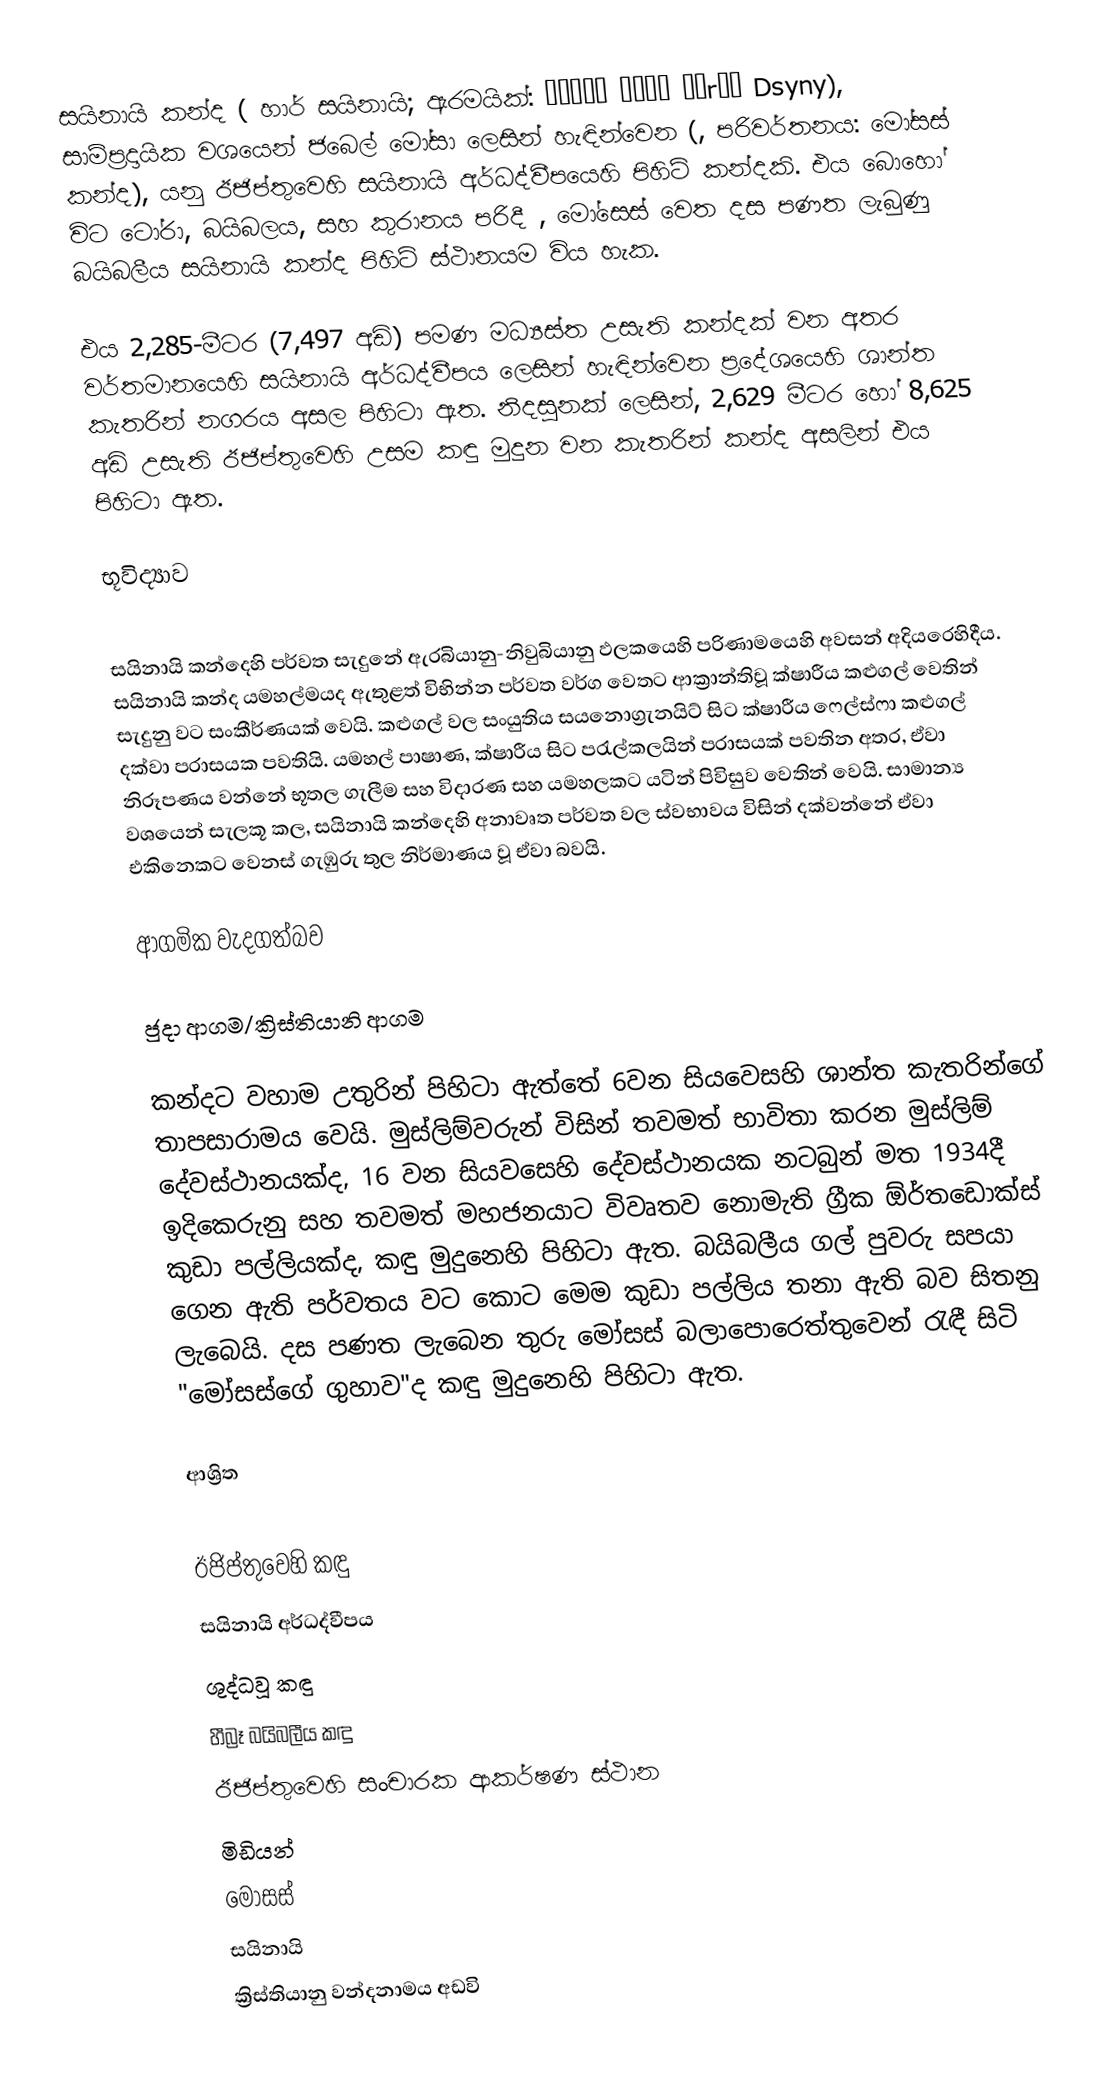
සයිනායි කන්ද ( හාර් සයිනායි; ඇරමයික්: ܛܘܪܐ ܕܣܝܢܝ Ṭūrāʾ Dsyny), සාම්ප්‍රදායික වශයෙන් ජබෙල් මෝසා ලෙසින් හැඳින්වෙන (, පරිවර්තනය: මෝසස් කන්ද), යනු ඊජිප්තුවෙහි සයිනායි අර්ධද්වීපයෙහි පිහිටි  කන්දකි. එය බොහෝ විට ටෝරා, බයිබලය, සහ කුරානය පරිදී , මෝසෙස් වෙත දස පණත ලැබුණු  බයිබලීය සයිනායි කන්ද පිහිටි ස්ථානයම විය හැක.

එය 2,285-මීටර (7,497 අඩි) පමණ මධ්‍යස්ත උසැති කන්දක් වන අතර වර්තමානයෙහි සයිනායි අර්ධද්වීපය ලෙසින් හැඳින්වෙන ප්‍රදේශයෙහි ශාන්ත කැතරින් නගරය අසල පිහිටා ඇත.  නිදසුනක් ලෙසින්,  2,629 මීටර හෝ 8,625 අඩි උසැති ඊජිප්තුවෙහි උසම කඳු මුදුන වන කැතරින් කන්ද අසලින් එය පිහිටා ඇත.

භූවිද්‍යාව

සයිනායි කන්දෙහි පර්වත සැදුනේ  ඇරබියානු-නිවුබියානු ඵලකයෙහි පරිණාමයෙහි අවසන් අදියරෙහිදීය. සයිනායි කන්ද යමහල්මයද ඇතුළත් විභින්න පර්වත වර්ග වෙතට ආක්‍රාන්තිවූ ක්ෂාරීය කළුගල් වෙතින් සැදුනු වට සංකීර්ණයක් වෙයි. කළුගල් වල සංයුතිය සයනොග්‍රැනයිට් සිට ක්ෂාරීය ෆෙල්ස්ෆා කළුගල් දක්වා පරාසයක පවතියි. යමහල් පාෂාණ, ක්ෂාරීය සිට පරැල්කලයින් පරාසයක් පවතින අතර, ඒවා නිරූපණය වන්නේ භූතල ගැලීම සහ විදාරණ සහ යමහලකට යටින්  පිවිසුව වෙතින් වෙයි. සාමාන්‍ය වශයෙන් සැලකූ කල, සයිනායි කන්දෙහි අනාවෘත පර්වත වල ස්වභාවය විසින් දක්වන්නේ ඒවා එකිනෙකට වෙනස් ගැඹුරු තුල නිර්මාණය වූ ඒවා බවයි.

ආගමික වැදගත්බව

ජුදා ආගම/ක්‍රිස්තියානි ආගම

කන්දට වහාම උතුරින් පිහිටා  ඇත්තේ 6වන සියවෙසහි ශාන්ත කැතරින්ගේ තාපසාරාමය වෙයි. මුස්ලිම්වරුන් විසින් තවමත් භාවිතා කරන  මුස්ලිම් දේවස්ථානයක්ද, 16 වන සියවසෙහි දේවස්ථානයක නටබුන් මත 1934දී ඉදිකෙරුනු සහ තවමත් මහජනයාට විවෘතව නොමැති ග්‍රීක ඕර්තඩොක්ස් කුඩා පල්ලියක්ද, කඳු මුදුනෙහි පිහිටා ඇත. බයිබලීය ගල් පුවරු සපයා ගෙන ඇති පර්වතය වට කොට මෙම කුඩා පල්ලිය තනා ඇති බව සිතනු ලැබෙයි.  දස පණත ලැබෙන තුරු මෝසස් බලාපොරෙත්තුවෙන් රැඳී සිටි "මෝසස්ගේ ගුහාව"ද කඳු මුදුනෙහි පිහිටා ඇත.

ආශ්‍රිත

ඊජිප්තුවෙහි කඳු
සයිනායි අර්ධද්වීපය
ශුද්ධවූ කඳු
හීබ්‍රෑ බයිබලීය කඳු
ඊජිප්තුවෙහි සංචාරක ආකර්ෂණ ස්ථාන
මිඩියන්
මෝසස්
සයිනායි
ක්‍රිස්තියානු වන්දනාමය අඩවි